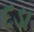
દડા